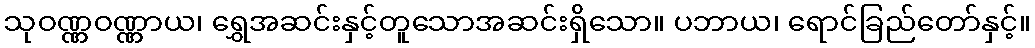
သုဝဏ္ဏဝဏ္ဏာယ၊ ရွှေအဆင်းနှင့်တူသောအဆင်းရှိသော။ ပဘာယ၊ ရောင်ခြည်တော်နှင့်။